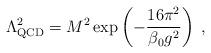
LaTeX: \begin{align*}\Lambda _{\mathrm{QCD}}^{2}=M^{2}\exp \left( -\frac{16\pi ^{2}}{\beta_{0}g^{2}}\right) \;, \end{align*}